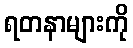
ရတနာများကို